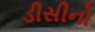
ડીસીનો